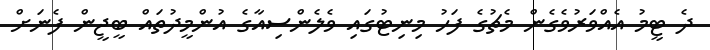
ދެ ޓީމު އެއްވަރުވެގެން މެޗުގެ ފަހު މިނިޓުގައި ވެލެންސިއާގެ އުންމީދުތައް ބީޖީން ފެނަށް